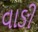
વાઙી